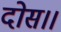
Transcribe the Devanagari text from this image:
दोस।।